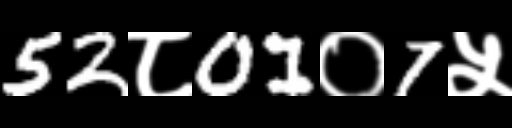
Text: 52८01०7५